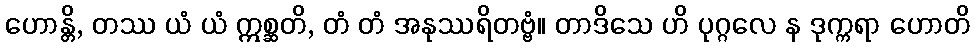
ဟောန္တိ, တဿ ယံ ယံ ဣစ္ဆတိ, တံ တံ အနုဿရိတဗ္ဗံ။ တာဒိသေ ဟိ ပုဂ္ဂလေ န ဒုက္ကရာ ဟောတိ